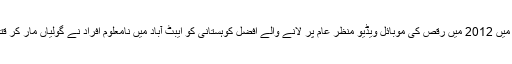
کوہستان میں 2012 میں رقص کی موبائل ویڈیو منظر عام پر لانے والے افضل کوہستانی کو ایبٹ آباد میں نامعلوم افراد نے گولیاں مار کر قتل کردیا۔